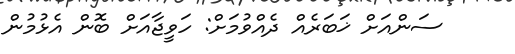
ސަންއަށް ޚަބަރެއް ދެއްވުމަށް: ހަވީޖާއަށް ބޮން އެޅުމުން